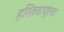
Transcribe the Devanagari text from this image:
हरितवायूला